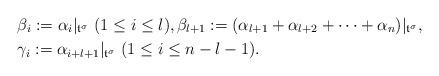
LaTeX: \begin{align*}&\beta_i:=\alpha_i|_{\frak{t}^\sigma}\ (1\leq i\leq l), \beta_{l+1}:=(\alpha_{l+1}+\alpha_{l+2}+\cdots+\alpha_n)|_{\frak{t}^\sigma},\\&\gamma_i:=\alpha_{i+l+1}|_{\frak{t}^\sigma}\ (1\leq i\leq n-l-1).\end{align*}